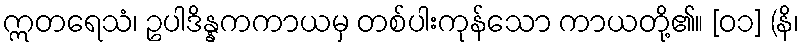
ဣတရေသံ၊ ဥပါဒိန္နကကာယမှ တစ်ပါးကုန်သော ကာယတို့၏။ [၀၁] (နိ၊